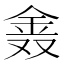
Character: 𨥖